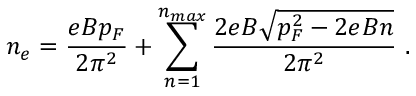
n _ { e } = \frac { e B p _ { F } } { 2 \pi ^ { 2 } } + \sum _ { n = 1 } ^ { n _ { m a x } } \frac { 2 e B \sqrt { p _ { F } ^ { 2 } - 2 e B n } } { 2 \pi ^ { 2 } } ~ .